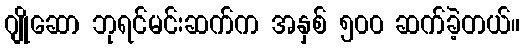
ဂျိုဆော ဘုရင်မင်းဆက်က အနှစ် ၅၀၀ ဆက်ခဲ့တယ်။